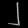
Digit: ၂